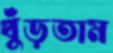
খুঁড়তাম